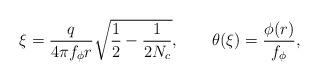
LaTeX: \begin{align*}\xi=\frac{q}{4\pi f_\phi r}\sqrt{\frac{1}{2}-\frac{1}{2N_c}}, \qquad\theta(\xi)=\frac{\phi(r)}{f_\phi},\end{align*}